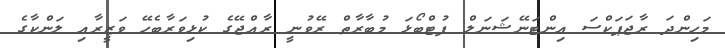
މަހިންދަ ރާޖަޕަކްސަ އިންޓަނޭޝަނަލް ފުޓްބޯޅަ މުބާރާތް ރޭވުނީ ރާއްޖޭގެ ކުޅިވަރާބެހޭ ވަޒީރާއި ލަންކާގެ